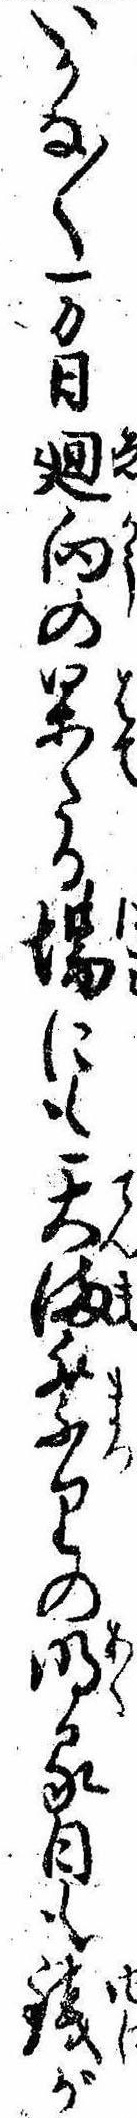
いかな〱万日廻向の果たる場にも天満祭りの明る日も銭が